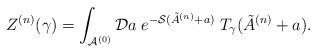
LaTeX: \begin{align*}Z^{(n)}(\gamma) = \int_{{\cal A}^{(0)}} {\cal D}a \; e^{-{\cal S}(\tilde{A}^{(n)} + a)} \; T_{\gamma}(\tilde{A}^{(n)} + a).\end{align*}